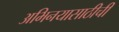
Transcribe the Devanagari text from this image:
अभिनयासाठीची